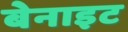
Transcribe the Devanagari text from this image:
बेनाइट